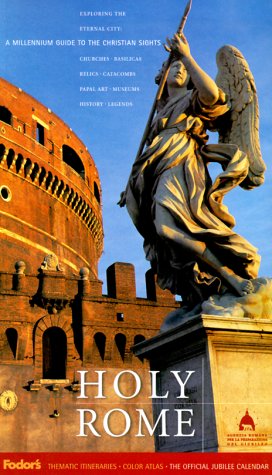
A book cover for Fodor's Holy Rome, 1st Edition: A Millennium Guide to Christian Sights; Robert I.C. Fisher; Travel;